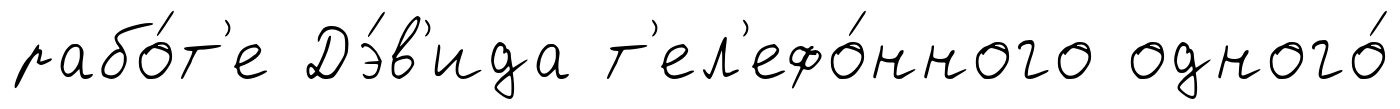
рабо́т'е Дэ́в'ида т'ел'ефо́нного одного́